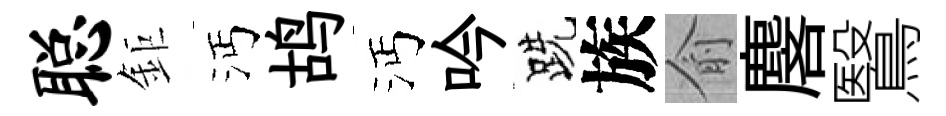
聪鉅沔鸪沔吟跣族俞麐鷖